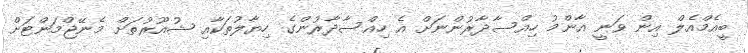
ބީއެމްއެލް އިން ވަނީ އާންމު ހިއްސާދާރުންނަށް އެ ހިއްސާދާރުންގެ ހިޔާލުތަކާއި ޝުއޫރުތަށް މެނޭޖްމަންޓަށް